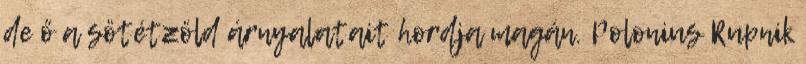
de ő a sötétzöld árnyalatait hordja magán. Polonius Rupnik